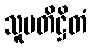
သူပတိဋ္ဌိတံ